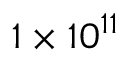
1 \times 1 0 ^ { 1 1 }